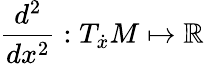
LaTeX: \frac{d^{2}}{dx^{2}}:T_{\dot{x}}M\mapsto\mathbb{R}